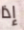
إذا